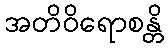
အတိဝိရောစန္တိ